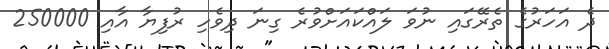
ދެ އަހަރުގެ ތެރޭގައި ނުވަ ލައްކައަށްވުރެ ގިނަ ދިވެހި ރުފިޔާ އާއި 250000